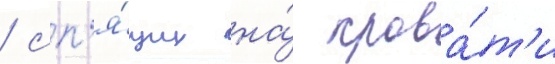
/ сп'я́щих на́ крова́т'и